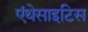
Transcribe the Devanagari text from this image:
एंथेसाइटिस